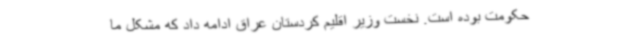
حکومت بوده است. نخست وزیر اقلیم کردستان عراق ادامه داد که مشکل ما